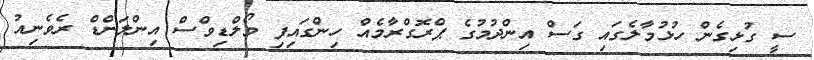
ސީ ގުޅިގެން ހުޅުމާލެގައި ގަސް އިންދުމުގެ ޕްރޮގްރާމެއް ހިންގައިފިި މޯލްޑިވްސް އިންލަންޑް ރެވެނިއު